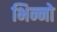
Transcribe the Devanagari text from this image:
भिन्नो